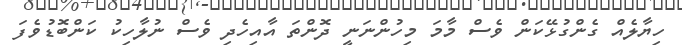
ހިޔާލެއް ގެންގުޅޭކަން ވެސް މާމަ މިހުންނަނީ ދޮންތަ އާއިހެދި ވެސް ނުލާހިކު ކަންބޮޑުވެފަ